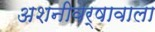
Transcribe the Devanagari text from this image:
अशनीवर्षावाला